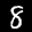
Label: 8